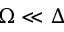
\Omega \ll \Delta